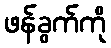
ဖန်ခွက်ကို